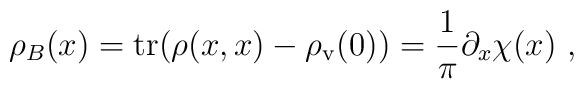
\rho_B(x)={\rm tr}(\rho(x,x)-\rho_{\rm v}(0))=  \frac{1}{\pi}\partial_x \chi(x) \ ,